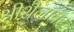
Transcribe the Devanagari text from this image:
श्रीशैलावर